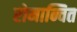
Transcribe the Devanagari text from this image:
रोमान्चित